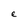
Character: e